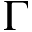
\Gamma